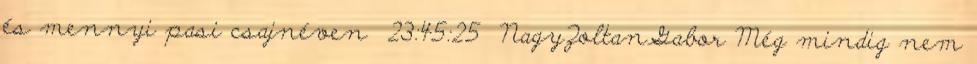
és mennyi pasi csajnéven 23:45:25 NagyZoltanGabor Még mindig nem